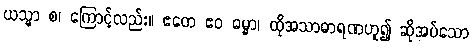
ယသ္မာ စ၊ ကြောင့်လည်း။ ဧတေ ဧဝ ဓမ္မာ၊ ထိုအသာဓာရဏဟူ၍ ဆိုအပ်သော